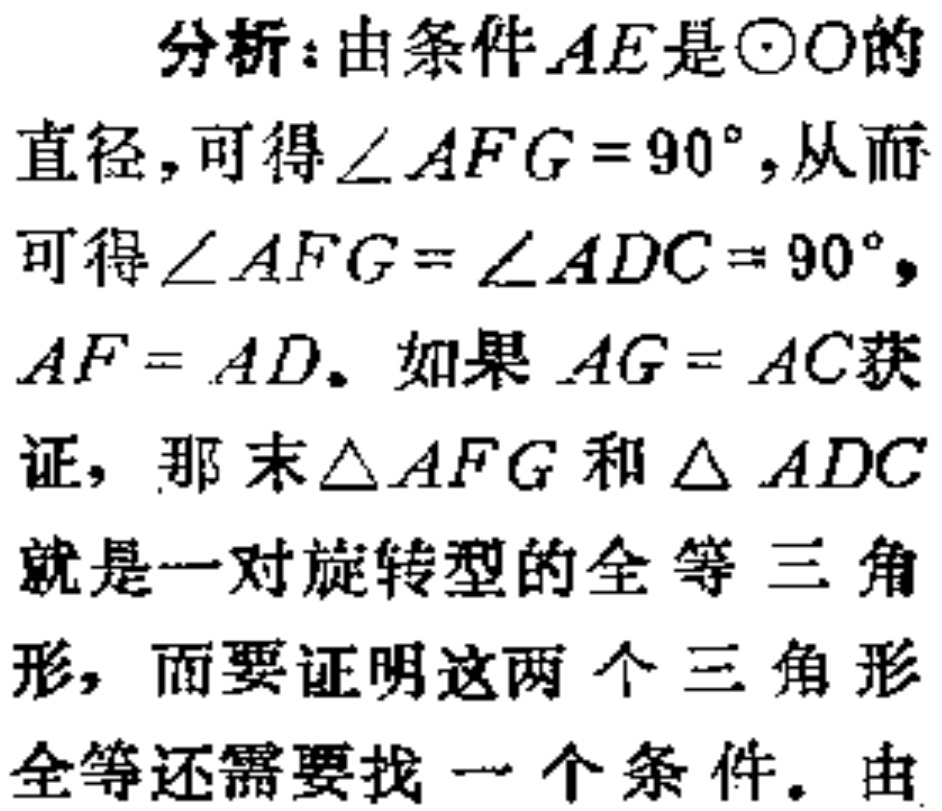
分析：由条件\(AE\)是\(\odot O\)的
直径，可得\(\angle AFG = 90^{\circ}\)，从而
可得\(\angle AFG=\angle ADC = 90^{\circ}\)，
\(AF = AD\)。如果\(AG = AC\)获
证，那 末\(\triangle AFG\)和\(\triangle ADC\)
就是一对旋转型的全等三角
形，而要证明这两个三角形
全等还需要找一个条件。由